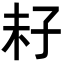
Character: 𡥒